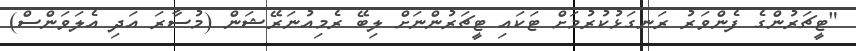
"ޓީޗަރުންގެ ފެންވަރު ރަނގަޅުކުރުމަށް ޓަކައި ޓީޗަރުންނަށް ލިބޭ ރެމިއުނަރޭޝަން (މުސާރަ އަދި އެލަވަންސް)